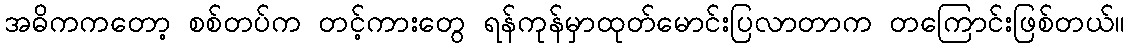
အဓိကကတော့ စစ်တပ်က တင့်ကားတွေ ရန်ကုန်မှာထုတ်မောင်းပြလာတာက တကြောင်းဖြစ်တယ်။